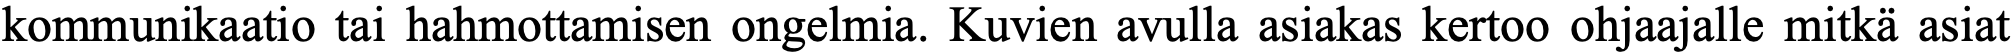
kommunikaatio tai hahmottamisen ongelmia. Kuvien avulla asiakas kertoo ohjaajalle mitkä asiat